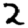
Digit: 2